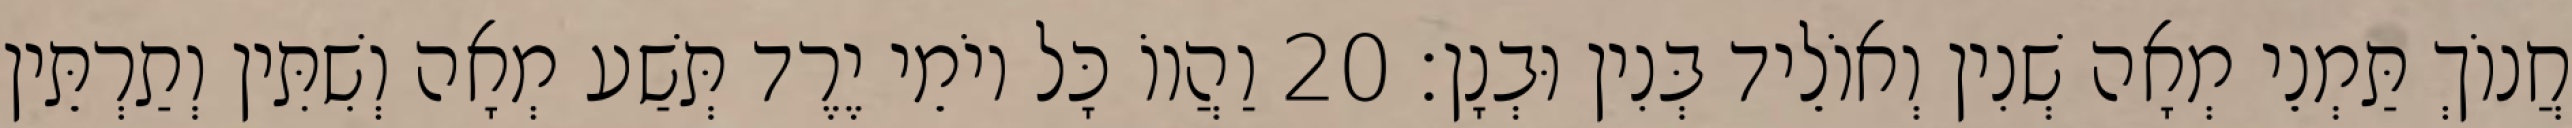
חֲנוֹךְ תַּמְנֵי מְאָה שְׁנִין וְאוֹלֵיד בְּנִין וּבְנָן׃ 20 וַהֲווֹ כָּל יוֹמֵי יֶרֶד תְּשַׁע מְאָה וְשִׁתִּין וְתַרְתֵּין